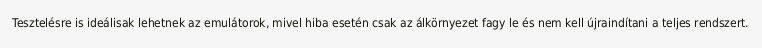
Tesztelésre is ideálisak lehetnek az emulátorok, mivel hiba esetén csak az álkörnyezet fagy le és nem kell újraindítani a teljes rendszert.